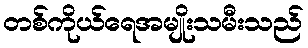
တစ်ကိုယ်ရေအမျိုးသမီးသည်